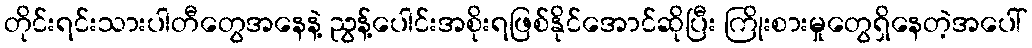
တိုင်းရင်းသားပါတီတွေအနေနဲ့ ညွန့်ပေါင်းအစိုးရဖြစ်နိုင်အောင်ဆိုပြီး ကြိုးစားမှုတွေရှိနေတဲ့အပေါ်